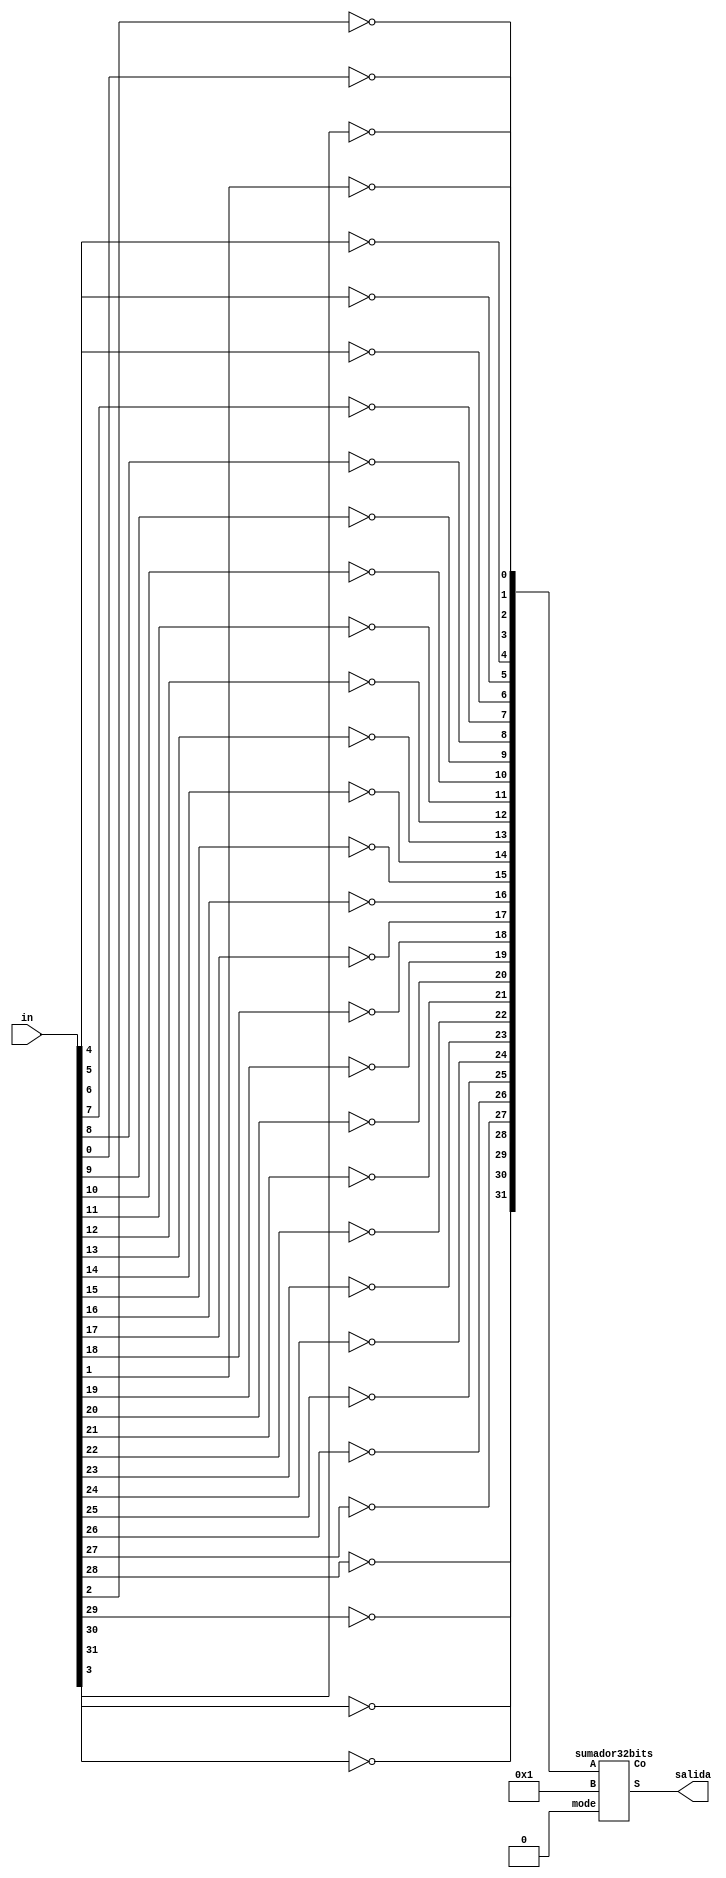
module ComplementoA2(in, salida);
  input [31:0] in;
  wire [31:0] out;
  wire C;
  output [31:0] salida;
  xnor (out[0], in[0], 1'b0);
  xnor (out[1], in[1], 1'b0);
  xnor (out[2], in[2], 1'b0);
  xnor (out[3], in[3], 1'b0);
  xnor (out[4], in[4], 1'b0);
  xnor (out[5], in[5], 1'b0);
  xnor (out[6], in[6], 1'b0);
  xnor (out[7], in[7], 1'b0);
  xnor (out[8], in[8], 1'b0);
  xnor (out[9], in[9], 1'b0);
  xnor (out[10], in[10], 1'b0);
  xnor (out[11], in[11], 1'b0);
  xnor (out[12], in[12], 1'b0);
  xnor (out[13], in[13], 1'b0);
  xnor (out[14], in[14], 1'b0);
  xnor (out[15], in[15], 1'b0);
  xnor (out[16], in[16], 1'b0);
  xnor (out[17], in[17], 1'b0);
  xnor (out[18], in[18], 1'b0);
  xnor (out[19], in[19], 1'b0);
  xnor (out[20], in[20], 1'b0);
  xnor (out[21], in[21], 1'b0);
  xnor (out[22], in[22], 1'b0);
  xnor (out[23], in[23], 1'b0);
  xnor (out[24], in[24], 1'b0);
  xnor (out[25], in[25], 1'b0);
  xnor (out[26], in[26], 1'b0);
  xnor (out[27], in[27], 1'b0);
  xnor (out[28], in[28], 1'b0);
  xnor (out[29], in[29], 1'b0);
  xnor (out[30], in[30], 1'b0);
  xnor (out[31], in[31], 1'b0);
  sumador32bits s32b (out, 32'b00000000000000000000000000000001, 1'b0, salida, C); 
endmodule
  
module medioSumador(x,y,S,C);
  input x,y;
  output S,C;
  xor(S,x,y);
  and(C,x,y);
endmodule

module sumador_completo(A,B,Ci,S,Co);
  input A,B, Ci;
  output S,Co;
  wire P,G,H;
  medioSumador ms1(A,B,P,G);
  medioSumador ms2(P,Ci,S,H);
  or(Co,G,H);
endmodule

module sumador32bits(A,B,mode,S,Co);
  input [31:0] A,B;
  input mode;
  //mode = 1 es resta, mode = 0 es suma
  
  output [31:0] S;
  output Co;
  wire C1, C2, C3, C4, C5, C6, C7, C8, C9, C10, C11, C12, C13, C14, C15, C16, C17, C18, C19, C20, C21, C22, C23, C24, C25, C26, C27, C28, C29, C30, C31;
  wire B0, B1, B2, B3, B4, B5, B6, B7, B8, B9, B10, B11, B12, B13, B14, B15, B16, B17, B18, B19, B20, B21, B22, B23, B24, B25, B26, B27, B28, B29, B30, B31;
  //Empieza el spam de XORs por si hay que hacer una resta
  	xor(B0, B[0], mode);
	xor(B1, B[1], mode);
	xor(B2, B[2], mode);
	xor(B3, B[3], mode);
	xor(B4, B[4], mode);
	xor(B5, B[5], mode);
	xor(B6, B[6], mode);
	xor(B7, B[7], mode);
	xor(B8, B[8], mode);
	xor(B9, B[9], mode);
	xor(B10, B[10], mode);
	xor(B11, B[11], mode);
	xor(B12, B[12], mode);
	xor(B13, B[13], mode);
	xor(B14, B[14], mode);
	xor(B15, B[15], mode);
	xor(B16, B[16], mode);
	xor(B17, B[17], mode);
	xor(B18, B[18], mode);
	xor(B19, B[19], mode);
	xor(B20, B[20], mode);
	xor(B21, B[21], mode);
	xor(B22, B[22], mode);
	xor(B23, B[23], mode);
	xor(B24, B[24], mode);
	xor(B25, B[25], mode);
	xor(B26, B[26], mode);
	xor(B27, B[27], mode);
	xor(B28, B[28], mode);
	xor(B29, B[29], mode);
	xor(B30, B[30], mode);
	xor(B31, B[31], mode);
  	
  
  	//Sumador?
  	sumador_completo sc0(A[0],B0,mode,S[0],C1);
	sumador_completo sc1(A[1],B1,C1,S[1],C2);
	sumador_completo sc2(A[2],B2,C2,S[2],C3);
	sumador_completo sc3(A[3],B3,C3,S[3],C4);
	sumador_completo sc4(A[4],B4,C4,S[4],C5);
	sumador_completo sc5(A[5],B5,C5,S[5],C6);
	sumador_completo sc6(A[6],B6,C6,S[6],C7);
	sumador_completo sc7(A[7],B7,C7,S[7],C8);
	sumador_completo sc8(A[8],B8,C8,S[8],C9);
	sumador_completo sc9(A[9],B9,C9,S[9],C10);
	sumador_completo sc10(A[10],B10,C10,S[10],C11);
	sumador_completo sc11(A[11],B11,C11,S[11],C12);
	sumador_completo sc12(A[12],B12,C12,S[12],C13);
	sumador_completo sc13(A[13],B13,C13,S[13],C14);
	sumador_completo sc14(A[14],B14,C14,S[14],C15);
	sumador_completo sc15(A[15],B15,C15,S[15],C16);
	sumador_completo sc16(A[16],B16,C16,S[16],C17);
	sumador_completo sc17(A[17],B17,C17,S[17],C18);
	sumador_completo sc18(A[18],B18,C18,S[18],C19);
	sumador_completo sc19(A[19],B19,C19,S[19],C20);
	sumador_completo sc20(A[20],B20,C20,S[20],C21);
	sumador_completo sc21(A[21],B21,C21,S[21],C22);
	sumador_completo sc22(A[22],B22,C22,S[22],C23);
	sumador_completo sc23(A[23],B23,C23,S[23],C24);
	sumador_completo sc24(A[24],B24,C24,S[24],C25);
	sumador_completo sc25(A[25],B25,C25,S[25],C26);
	sumador_completo sc26(A[26],B26,C26,S[26],C27);
	sumador_completo sc27(A[27],B27,C27,S[27],C28);
	sumador_completo sc28(A[28],B28,C28,S[28],C29);
	sumador_completo sc29(A[29],B29,C29,S[29],C30);
	sumador_completo sc30(A[30],B30,C30,S[30],C31);
  	sumador_completo sc31(A[31],B31,C31,S[31],Co);
endmodule